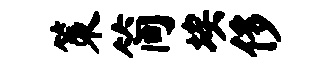
策简埃侈